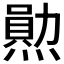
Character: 𤏩